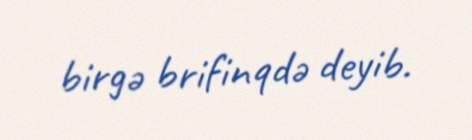
birgə brifinqdə deyib.